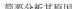
简要分析其原因